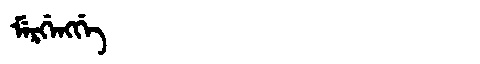
Manchu: ᠮᡝᡵᡤᡝᠩᡤᡝ
Romanization: MERGENGGE